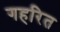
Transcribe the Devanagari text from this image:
गहरित